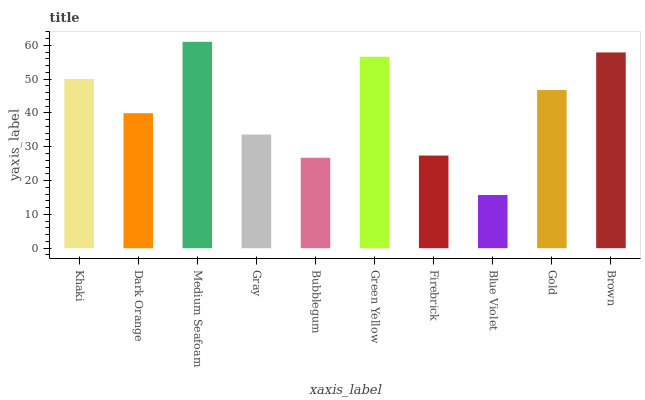
| xaxis_label | bars |
 | --- | --- |
 | Khaki | 50 |
 | Dark Orange | 39.9 |
 | Medium Seafoam | 61 |
 | Gray | 33.6 |
 | Bubblegum | 26.7 |
 | Green Yellow | 56.6 |
 | Firebrick | 27.4 |
 | Blue Violet | 15.7 |
 | Gold | 46.8 |
 | Brown | 57.9 |